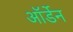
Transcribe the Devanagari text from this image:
ऑर्डेन